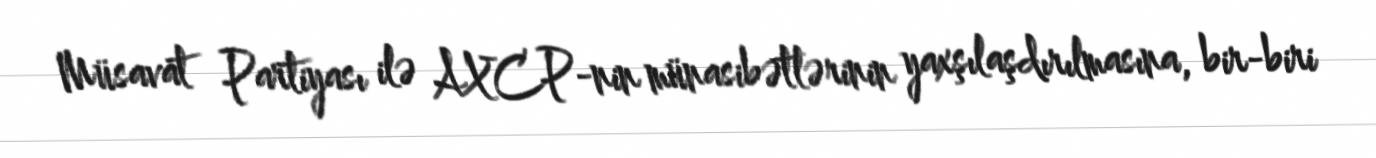
Müsavat Partiyası ilə AXCP-nin münasibətlərinin yaxşılaşdırılmasına, bir-biri